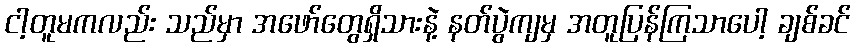
ငါ့တူမကလည်း သည်မှာ အဖော်တွေရှိသားနဲ့ နတ်ပွဲကျမှ အတူပြန်ကြသာပေါ့ ချစ်ခင်